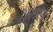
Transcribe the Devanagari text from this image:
अश्रफ़